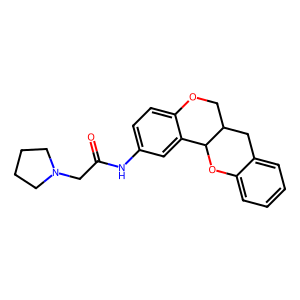
SMILES: O=C(CN1CCCC1)Nc1ccc2c(c1)C1Oc3ccccc3CC1CO2
Inhibits HIV replication: No